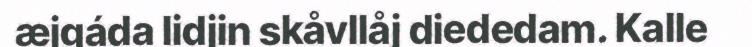
æjgáda lidjin skåvllåj diededam. Kalle